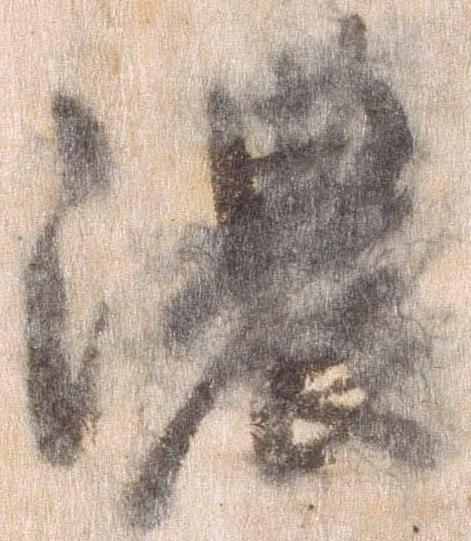
濃